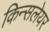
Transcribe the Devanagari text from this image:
किन्सलेयर